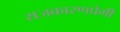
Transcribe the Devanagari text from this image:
राजकारणप्रेमी